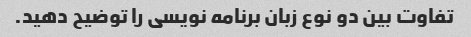
تفاوت بین دو نوع زبان برنامه نویسی را توضیح دهید.